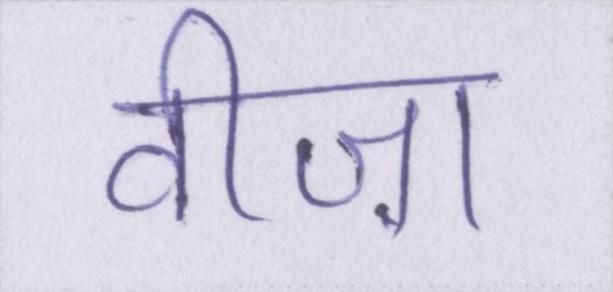
वीज़ा